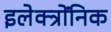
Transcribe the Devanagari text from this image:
इलेक्त्रोंनिक